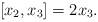
LaTeX: \begin{align*}[x_2,x_3]=2x_3.\end{align*}